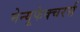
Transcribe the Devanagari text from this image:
मेन्यूफेक्चरर्स